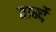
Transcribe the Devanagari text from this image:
तार्म्दे